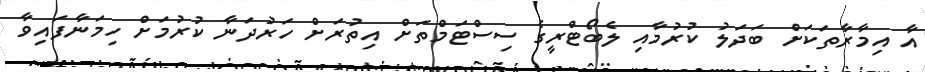
އާ އިމާރާތަކަށް ބަދަލު ކުރުމާއި ލެބޯޓްރީގެ ސިސްޓަމްތަށް އިތުރަށް ހަރުދަނާ ކުރުމަށް ހިމަނާފައިވާ